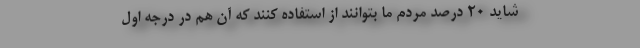
شاید ۲۰ درصد مردم ما بتوانند از استفاده کنند که آن هم در درجه اول